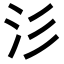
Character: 𣲀